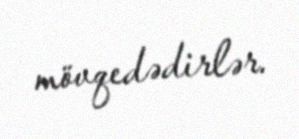
mövqedədirlər.